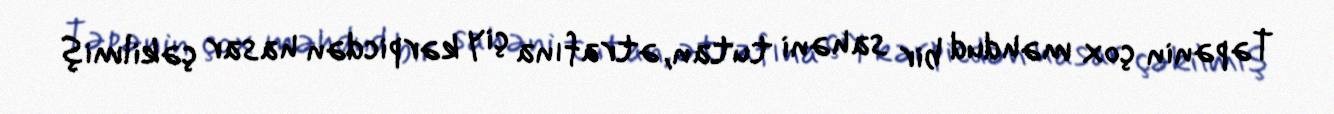
Təpənin çox məhdud bir sahəni tutan, ətrafına çiy kərpicdən hasar çəkilmiş